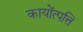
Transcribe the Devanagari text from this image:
कायोंत्पत्ति